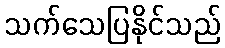
သက်သေပြနိုင်သည်